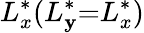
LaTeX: L_{x}^{*}(L_{\mathbf{y}}^{*}{=}L_{x}^{*})